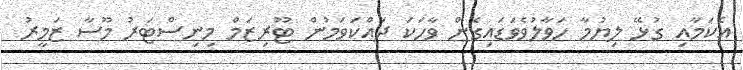
އެކަމާއި ގުޅޭ ލިޔުމާ ހަވާލުވެވަޑައިގެން ވާހަކަ ދައްކަވަމުން ޓޫރިޒަމް މިނިސްޓަރު މޫސާ ޒަމީރު